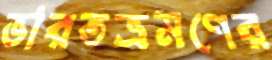
ভারতভ্রমণের